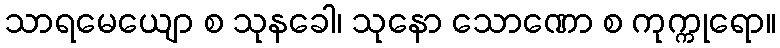
သာရမေယျော စ သုနခေါ၊ သုနော သောဏော စ ကုက္ကုရော။